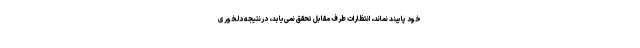
خود پایبند نماند، انتظارات طرف مقابل تحقق نمی‌یابد، درنتیجه دلخوری